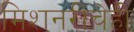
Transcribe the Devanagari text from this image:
मिशनरींचेही